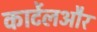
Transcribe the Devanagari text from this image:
कार्टेलऔर